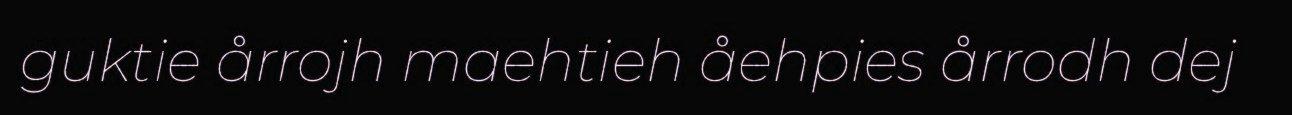
guktie årrojh maehtieh åehpies årrodh dej